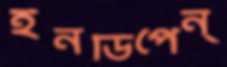
ইনডিপেন্